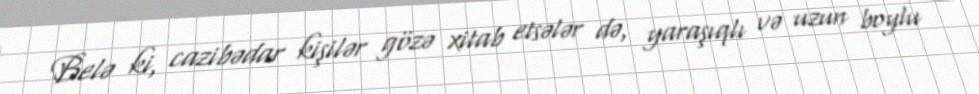
Belə ki, cazibədar kişilər gözə xitab etsələr də, yaraşıqlı və uzun boylu